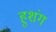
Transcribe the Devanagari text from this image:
हुशंग